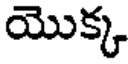
యొక్క